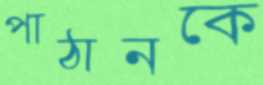
পাঠানকে